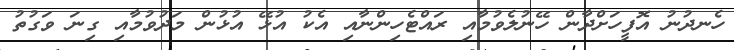
ހެނދުނު އޮފީހަށްދާން ހޭނުލެވުމާއި ރައްޓެހިންނާއި އެކު އުޅޭ އުޅުން މަދުވުމާއި ގިނަ ވަގުތު